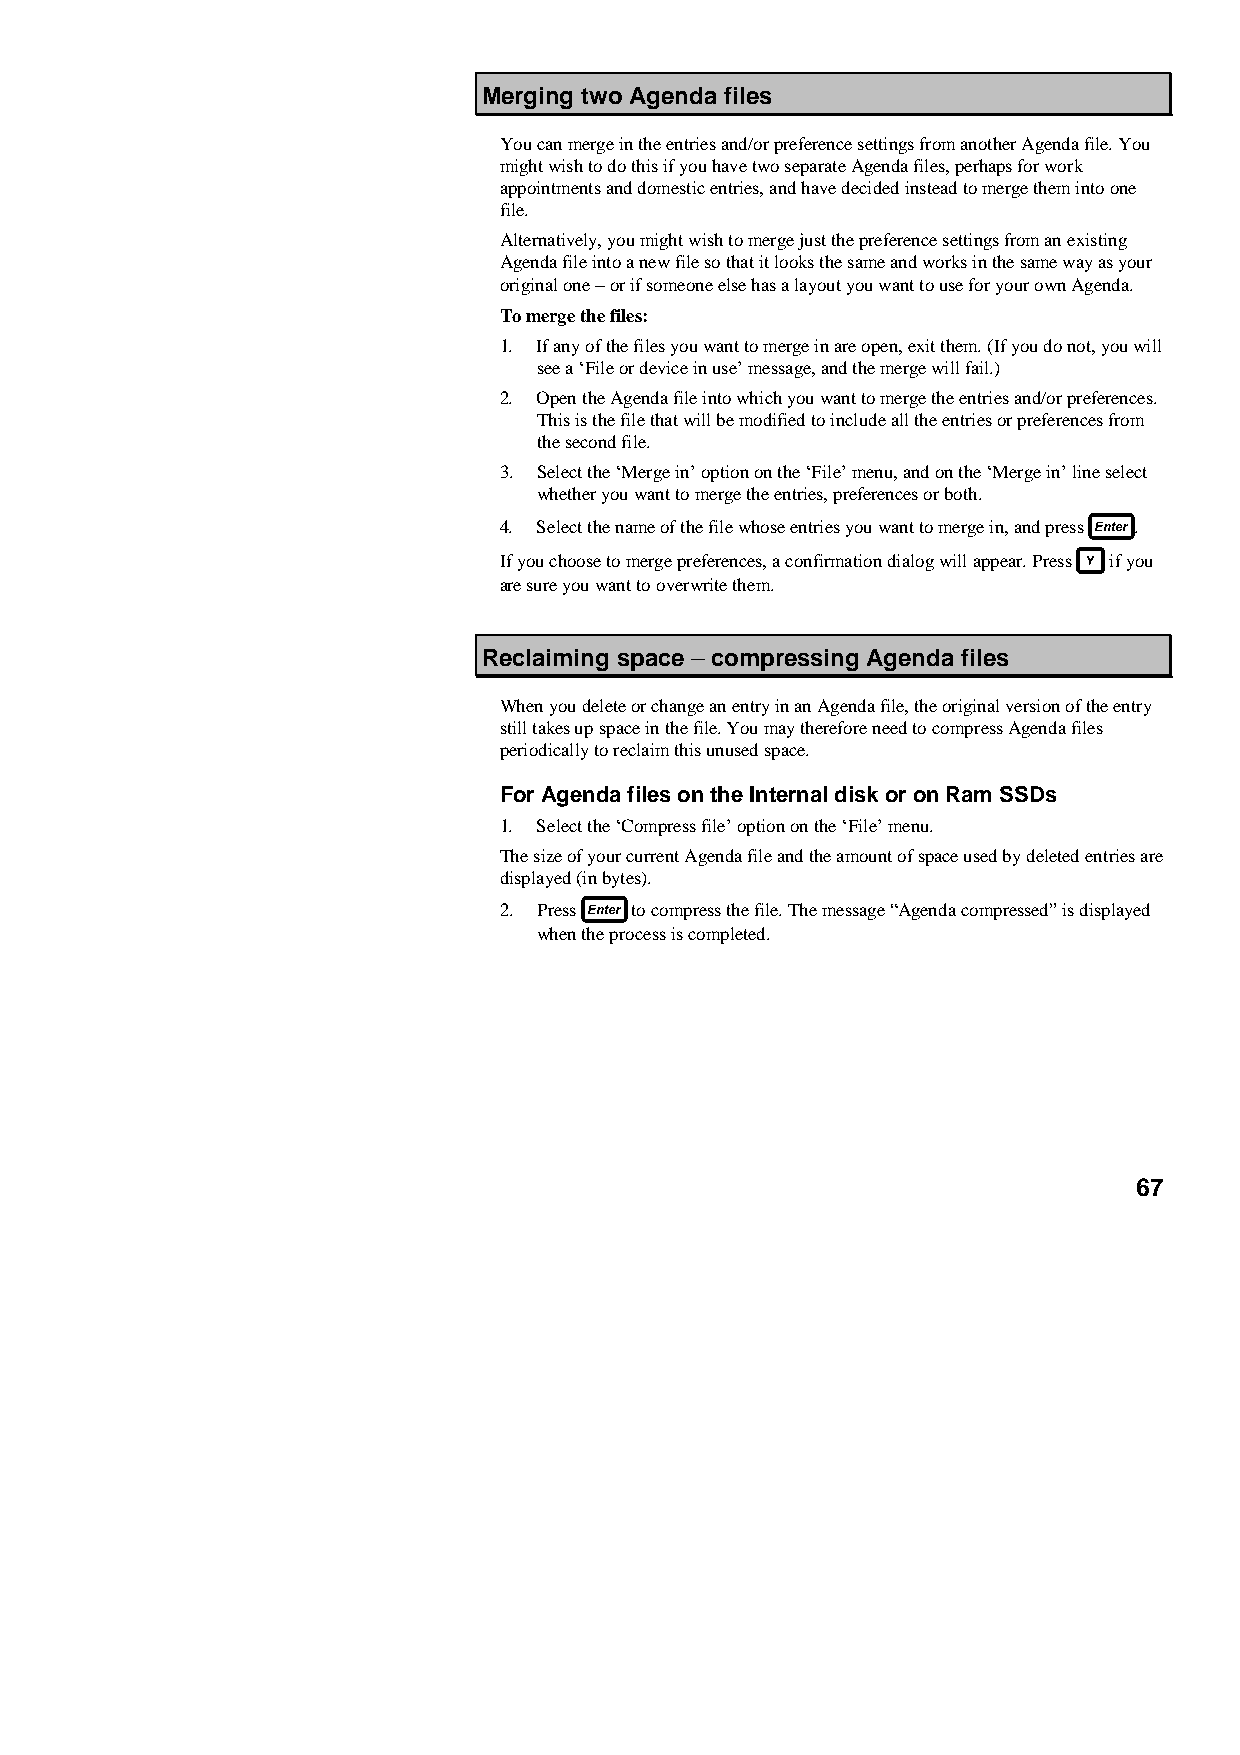
Merging two Agenda files
 You can merge in the entries and/or preference settings from another Agenda file. You
 might wish to do this if you have two separate Agenda files, perhaps for work
 appointments and domestic entries, and have decided instead to merge them into one
 file.
 Alternatively, you might wish to merge just the preference settings from an existing
 Agenda file into a new file so that it looks the same and works in the same way as your
 original one − or if someone else has a layout you want to use for your own Agenda.
 To merge the files:
 1. If any of the files you want to merge in are open, exit them. (If you do not, you will
 see a ‘File or device in use’ message, and the merge will fail.)
 2. Open the Agenda file into which you want to merge the entries and/or preferences.
 This is the file that will be modified to include all the entries or preferences from
 the second file.
 3. Select the ‘Merge in’ option on the ‘File’ menu, and on the ‘Merge in’ line select
 whether you want to merge the entries, preferences or both.
 4. Select the name of the file whose entries you want to merge in, and press .
 If you choose to merge preferences, a confirmation dialog will appear. Press if you
 are sure you want to overwrite them.
 Reclaiming space −−−− compressing Agenda files
 When you delete or change an entry in an Agenda file, the original version of the entry
 still takes up space in the file. You may therefore need to compress Agenda files
 periodically to reclaim this unused space.
 For Agenda files on the Internal disk or on Ram SSDs
 1. Select the ‘Compress file’ option on the ‘File’ menu.
 The size of your current Agenda file and the amount of space used by deleted entries are
 displayed (in bytes).
 2. Press to compress the file. The message “Agenda compressed” is displayed
 when the process is completed.
 67